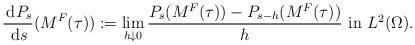
LaTeX: \begin{align*}\frac{\,\mathrm{d}P_{s}}{\,\mathrm{d}s}(M^{F}(\tau )):=\lim_{h\downarrow 0}\frac{P_{s}(M^{F}(\tau ))-P_{s-h}(M^{F}(\tau ))}{h}~\mbox{in $L^2(\Omega)$}.\end{align*}